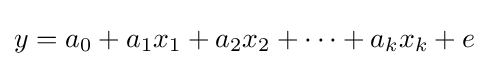
y=a_{0}+a_{1}x_{1}+a_{2}x_{2}+\cdots +a_{k}x_{k}+e